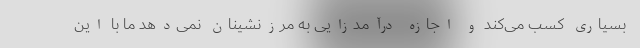
بسیاری کسب می‌کند و اجازه درآمدزایی به مرزنشینان نمی‌دهد ما با این